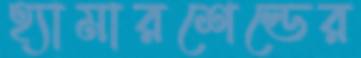
হ্যামারশেল্ডের